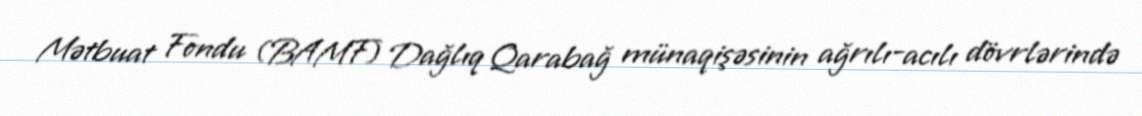
Mətbuat Fondu (BAMF) Dağlıq Qarabağ münaqişəsinin ağrılı-acılı dövrlərində